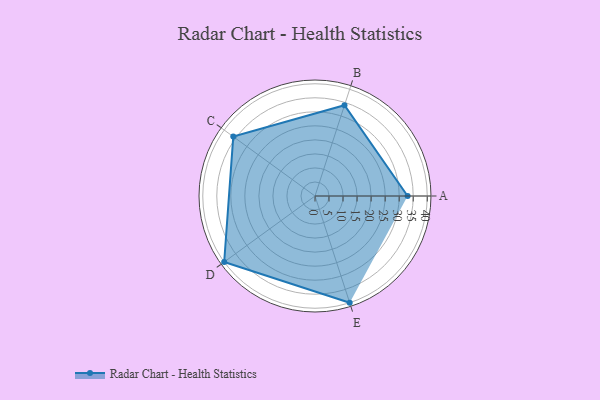
{"axis": {"x": "Skill", "y": "Score"}, "legend": ["Profile"], "data": [{"x": "A", "y": 33.0, "type": "Profile"}, {"x": "B", "y": 34.0, "type": "Profile"}, {"x": "C", "y": 36.0, "type": "Profile"}, {"x": "D", "y": 40.0, "type": "Profile"}, {"x": "E", "y": 40.0, "type": "Profile"}]}